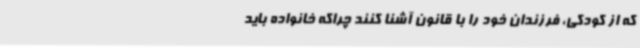
که از کودکی، فرزندان خود را با قانون آشنا کنند چراکه خانواده باید